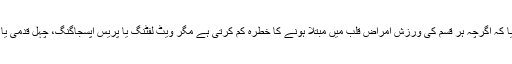
گریناڈا کی سینٹ جارجز یونیورسٹی کی تحقیق میں بتایا گیا کہ اگرچہ ہر قسم کی ورزش امراض قلب میں مبتلا ہونے کا خطرہ کم کرتی ہے مگر ویٹ لفٹنگ یا پریس اپسجاگنگ، چہل قدمی یا سائیکلنگ وغیرہ کے مقابلے میں زیادہ فائدہ مند ہوتی ہے۔